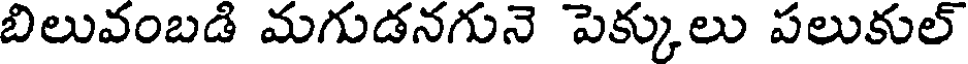
బిలువంబడి మగుడనగునె పెక్కులు పలుకుల్